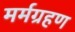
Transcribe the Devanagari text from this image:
मर्मग्रहण